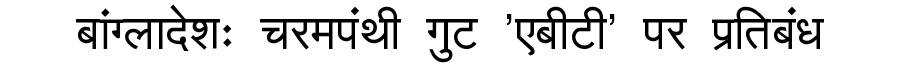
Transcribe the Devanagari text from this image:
बांग्लादेशः चरमपंथी गुट 'एबीटी' पर प्रतिबंध